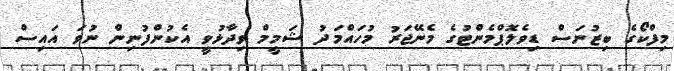
މިފްކޯގެ ބިޒުނަސް ޑިވެލޮޕްމެންޓުގެ މެނޭޖަރު މުހައްމަދު ޝަމީމް ވިދާޅުވީ އެކުންފުނިން ނުވަ އައިސް